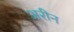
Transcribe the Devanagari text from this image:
अरीन